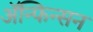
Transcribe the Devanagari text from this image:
ॲन्फिन्सन